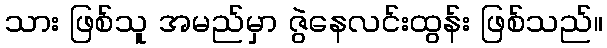
သား ဖြစ်သူ အမည်မှာ ဇွဲနေလင်းထွန်း ဖြစ်သည်။